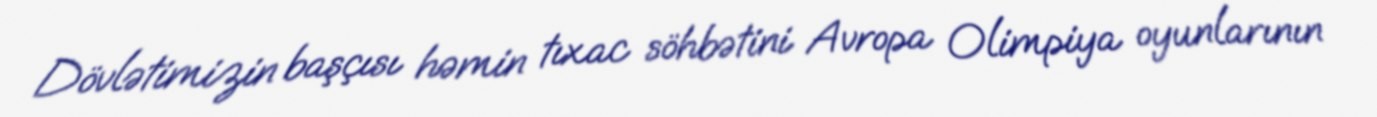
Dövlətimizin başçısı həmin tıxac söhbətini Avropa Olimpiya oyunlarının